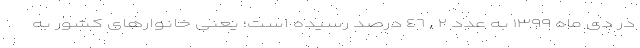
در دی ماه ١٣٩٩ به عدد ٤٦,٢ درصد رسیده است؛ یعنی خانوارهای کشور به